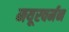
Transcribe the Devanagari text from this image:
मयूरवर्मन